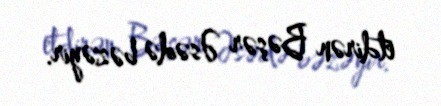
etdirən Bəşər Əsədə bəzəyir.